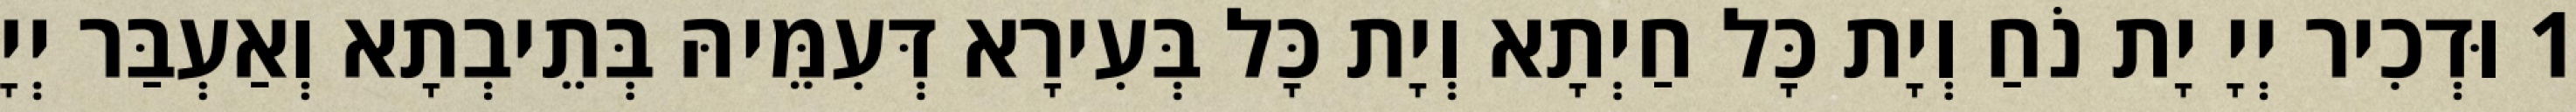
1 וּדְכִיר יְיָ יָת נֹחַ וְיָת כָּל חַיְתָא וְיָת כָּל בְּעִירָא דְּעִמֵּיהּ בְּתֵיבְתָא וְאַעְבַּר יְיָ